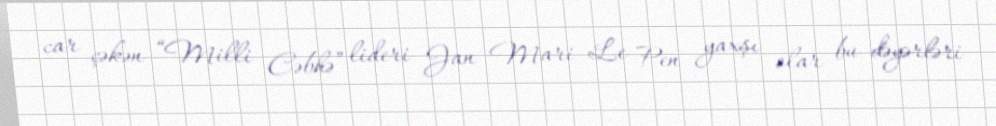
car çəkən “Milli Cəbhə” lideri Jan Mari Le Pen yaxşı olar bu dəyərləri